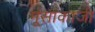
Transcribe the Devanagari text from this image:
मूसाकाजी